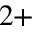
^ { 2 + }